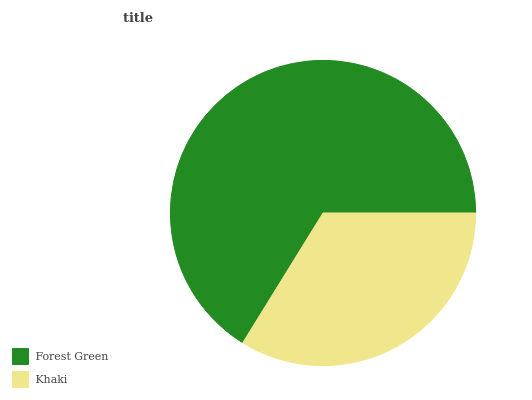
| Forest Green | Khaki |
 | --- | --- |
 | 66.2% | 33.8% |